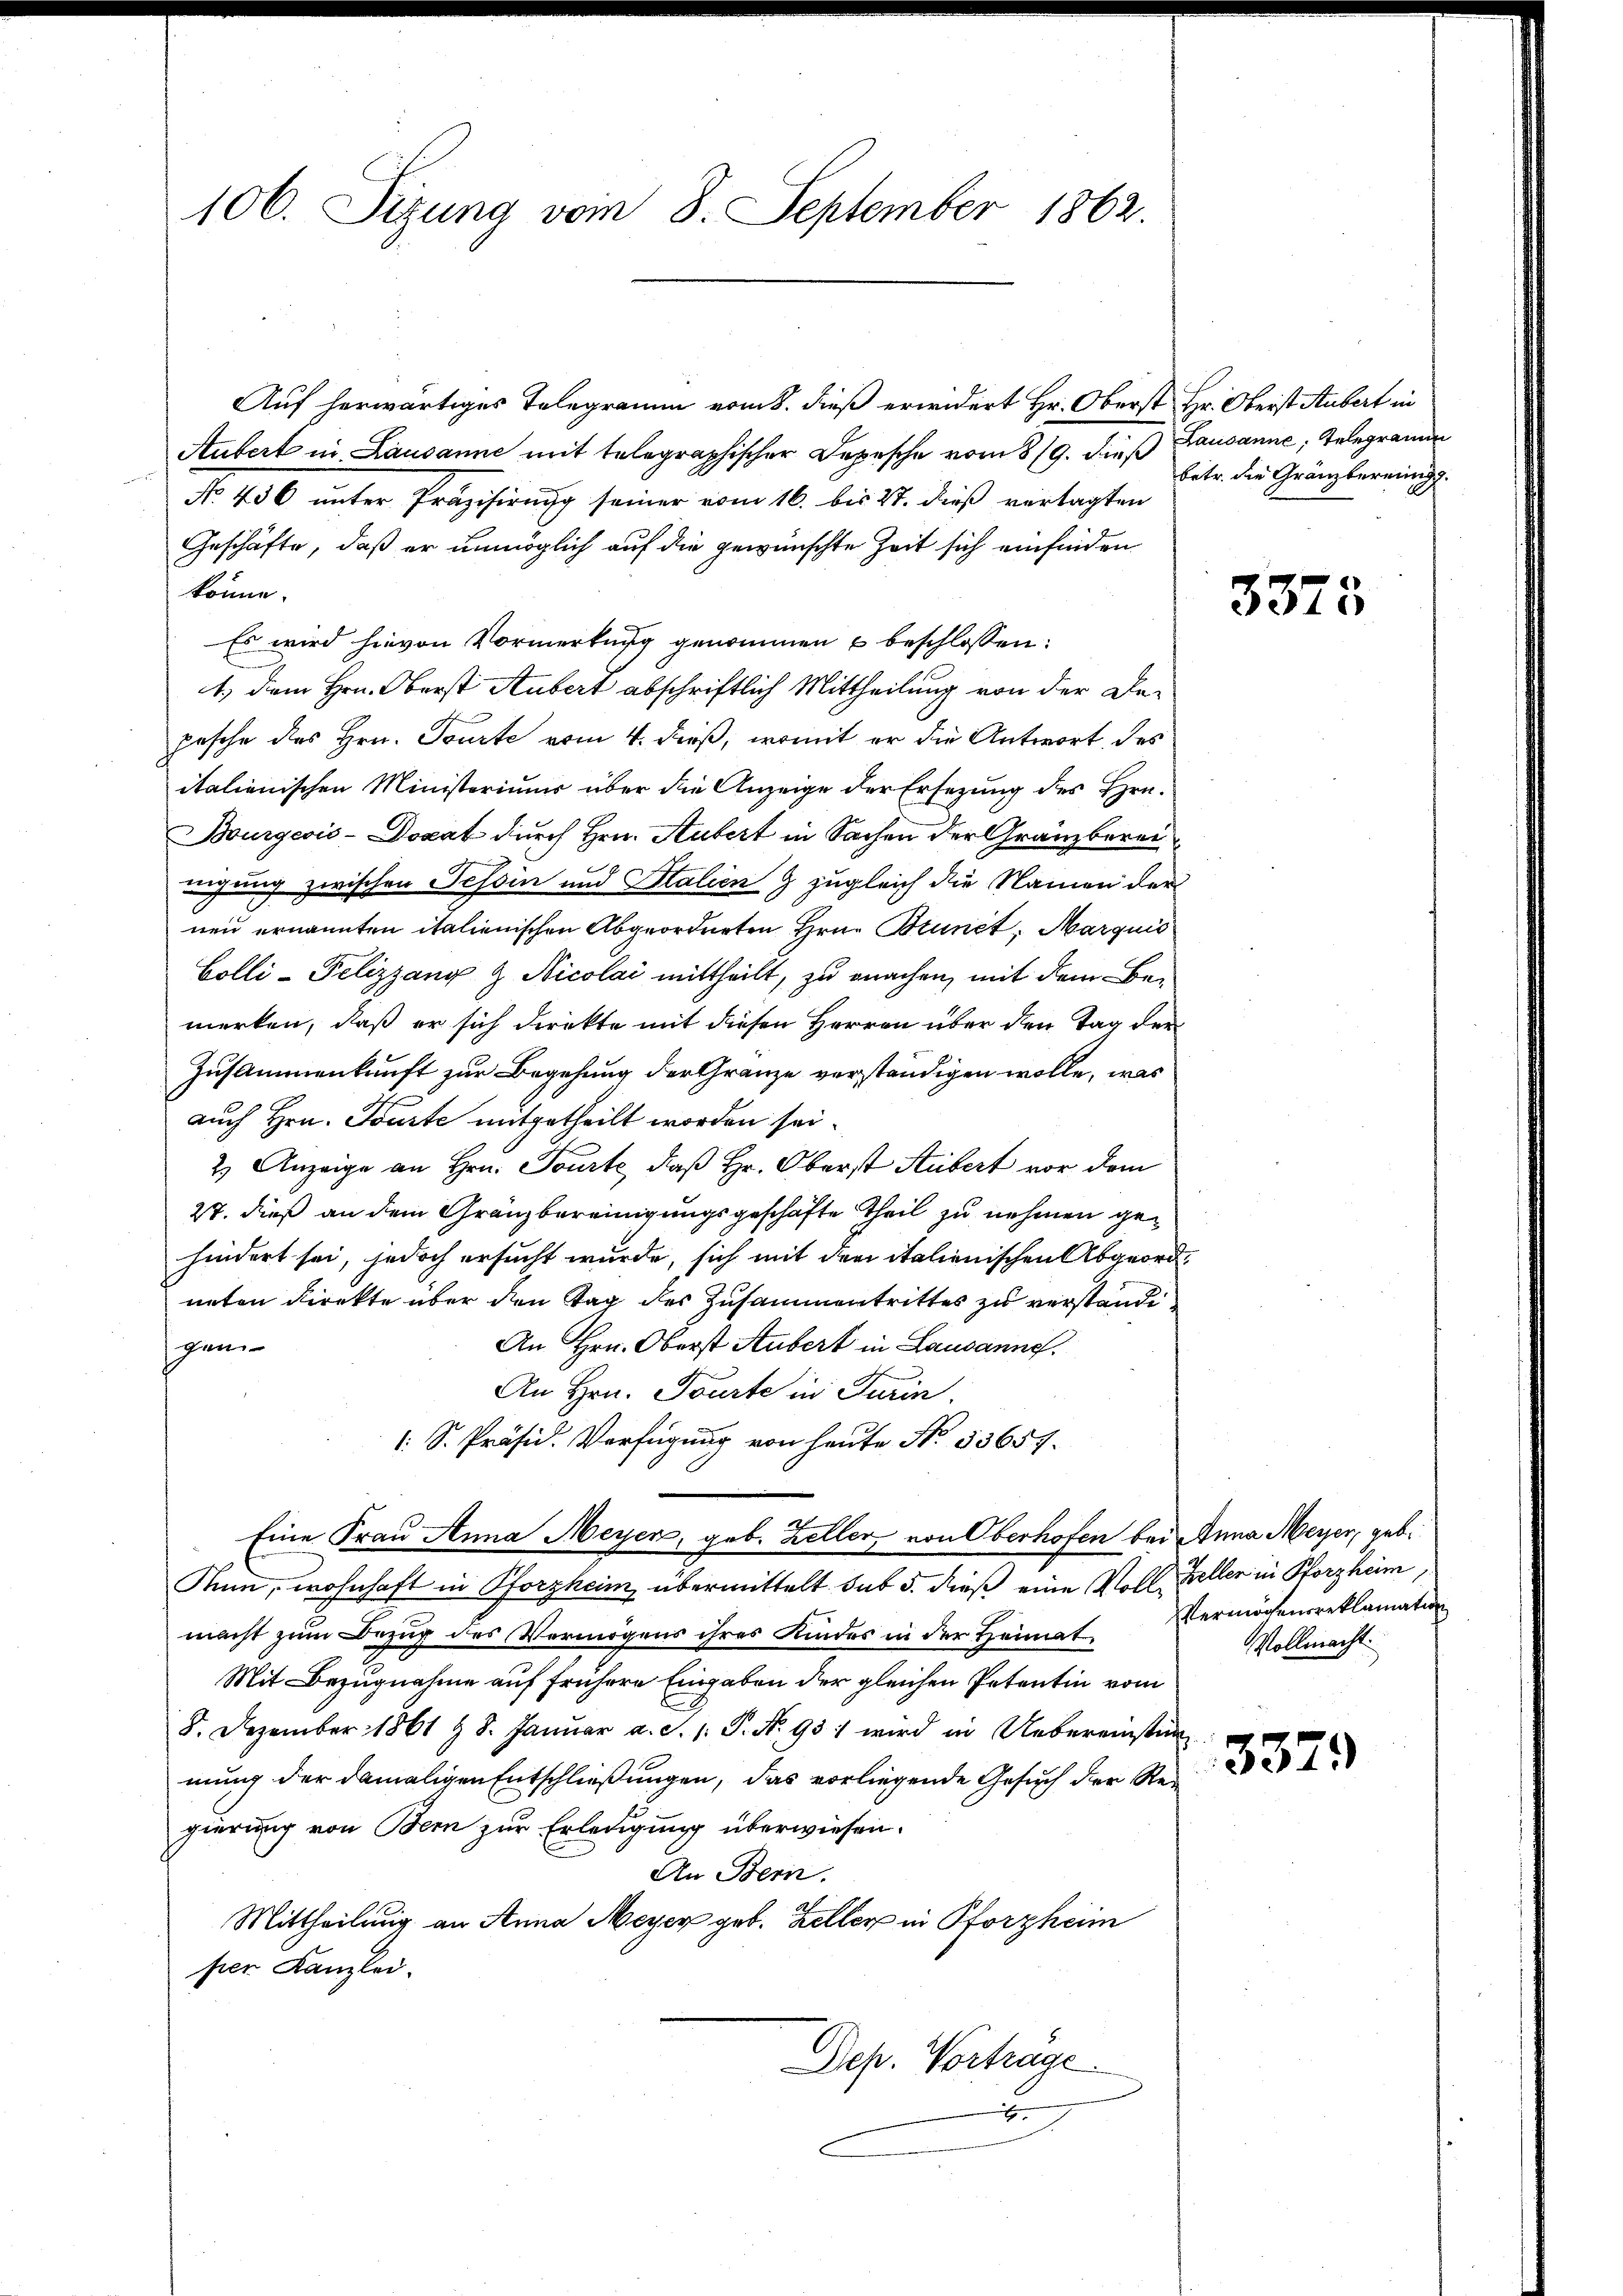
106. Sizung vom 8. September 1862.

Auf herwärtiges Telegramm vom 8. dieß erwidert Hr. Oberst Hr. Oberst Hubert in
Aubert in Lausanne mit telegraphischer Depesche vom 8/9. dieß Lausanne, Telegramm
No 456 unter Präzisirung seiner vom 16. bis 27. dieß verlagten
Geschäfte, daß er unmöglich auf die gewünschte Zeit sich einfinden
könne.
Es wird hievon Vormerkung genommen u beschlossen:
1.) Dem Hrn. Oberst Aubert abschriftlich Mittheilung von der Da-
pesche des Hrn. Tourte vom 4. dieß, womit er die Antwort, des
italienischen Ministeriums über die Anzeige der Ersezung des Hrn.
Bourgeois-Docat durch Hrn. Aubert in Sachen der Gränzberei
eigung zwischen Tessin und Stalien & zugleich die Namen der
nen ernannten italienischen Abgeordneten Hrn. Brunet. Marquis
Colli-Pelizzang & Nicolai mittheilt, zu machen, mit dem Bemerken, daß er sich direkte mit diesen Herren über den Tag der
Zusammenkunft zur Begehung der Gränze verständigen wolle, was
auch Hrn. Tourte mitgetheilt worden sei.
2 Anzeige an Hrn. Tourte, daß Hr. Oberst Stubert vor dem
27. dieß an dem Gränzbereinigungsgeschäfte theil zu nehmen gehindert sei, jedoch ersucht wurde, sich mit der italienischen Abgeordneten Direkte über den Tag des Zusammentrittes zu verstandi
gen
An Hrn. Oberst Aubert in Lausanne.
An Hrn. Tourte in Turin.
1: S. Präsid. Verfügung von heute No. 53657.
Eine Frau Anna Meyer, geb. Zeller, von Oberhofen bei Anna Meyer, geb.
Mn, wohnhaft in Pforzheim, übermittelt sub 5. dieß eine Voll-Keller in Pforzheim,
macht zum Bezug des Vermögens ihres Kindes in der Heimat,
Mit Bezugnahme auf frühere Eingaben der gleichen Petentin vom
8. Dezember 1861 & 8. Januar a. S. 1: P. Nr. 931 wird in Uebereinstan
mung der damaligen Entschließungen, das vorliegende Gesuch der Regierung von Bern zur Erledigung überwiesen.
An Bern.
Mittheilung an Anna Meyer geb. Zeller in Storzheim
per Kanzlei.
Dep. Vortrage.
4

betr. die Gränzbereinig.

3373

Vermögensreklamation
Vollmacht.

3379